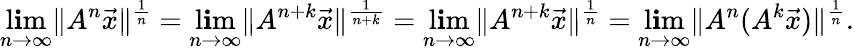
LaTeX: \operatorname*{l\mathbf{i}m}_{n\to\infty}\| A^{n}\vec{{x}}\| ^{\frac{{1}}{{n}}}=\operatorname*{l\mathbf{i}m}_{n\to\infty}\| A^{n+k}\vec{{x}}\| ^{\frac{{1}}{{n+k}}}=\operatorname*{l\mathbf{i}m}_{n\to\infty}\| A^{n+k}\vec{{x}}\| ^{\frac{{1}}{{n}}}=\operatorname*{l\mathbf{i}m}_{n\to\infty}\| A^{n}(A^{k}\vec{{x}})\| ^{\frac{{1}}{{n}}}.